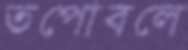
তপোবলে